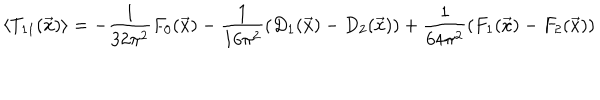
LaTeX: \left\langle T _ { 1 1 } ( \vec { x } ) \right\rangle = - \frac { 1 } { 3 2 \pi ^ { 2 } } F _ { 0 } ( \vec { x } ) - \frac { 1 } { 1 6 \pi ^ { 2 } } \left( D _ { 1 } ( \vec { x } ) - D _ { 2 } ( \vec { x } ) \right) + \frac { 1 } { 6 4 \pi ^ { 2 } } \left( F _ { 1 } ( \vec { x } ) - F _ { 2 } ( \vec { x } ) \right)